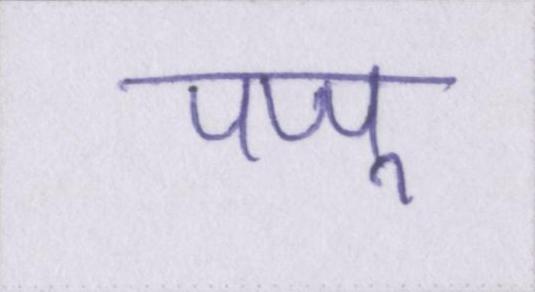
पप्पू